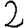
Digit: 2